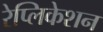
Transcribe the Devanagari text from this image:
रेप्लिकेशन